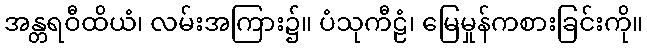
အန္တရဝီထိယံ၊ လမ်းအကြား၌။ ပံသုကီဠံ၊ မြေမှုန်ကစားခြင်းကို။